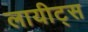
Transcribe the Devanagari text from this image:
लायीट्स